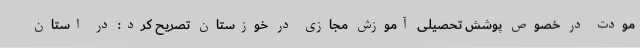
مودت در خصوص پوشش تحصیلی آموزش مجازی در خوزستان تصریح کرد: در استان